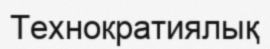
Технократиялық